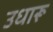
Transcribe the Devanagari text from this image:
उधारू